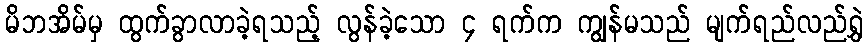
မိဘအိမ်မှ ထွက်ခွာလာခဲ့ရသည့် လွန်ခဲ့သော ၄ ရက်က ကျွန်မသည် မျက်ရည်လည်ရွှဲ